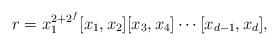
LaTeX: \begin{align*} r=x_1^{2+2^f}[x_1,x_2][x_3,x_4]\cdots[x_{d-1},x_d],\\\end{align*}